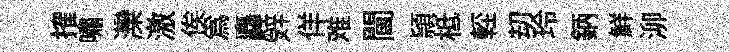
搉嘯灤激俟為矗辤佯难閫頴柢䡖刧玲鈵鮮泖